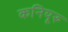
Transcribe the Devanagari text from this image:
कनियूरु